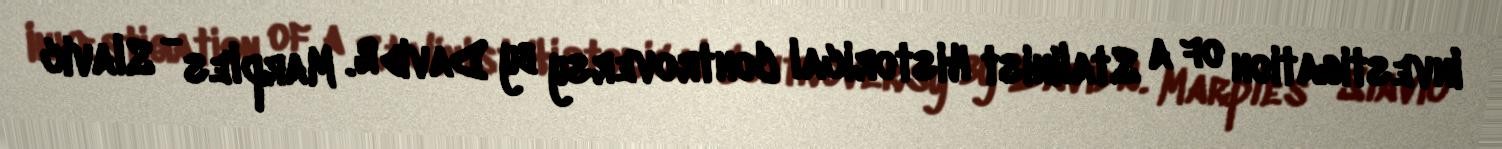
Investigation of a Stalinist Historical Controversy by David R. Marples - Slavic